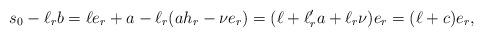
LaTeX: \begin{align*}s_0-\ell_rb=\ell e_r+a-\ell_r(ah_r-\nu e_r)=(\ell+\ell'_ra+\ell_r\nu)e_r=(\ell+c)e_r,\end{align*}